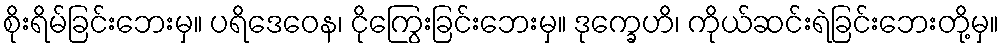
စိုးရိမ်ခြင်းဘေးမှ။ ပရိဒေဝေန၊ ငိုကြွေးခြင်းဘေးမှ။ ဒုက္ခေဟိ၊ ကိုယ်ဆင်းရဲခြင်းဘေးတို့မှ။